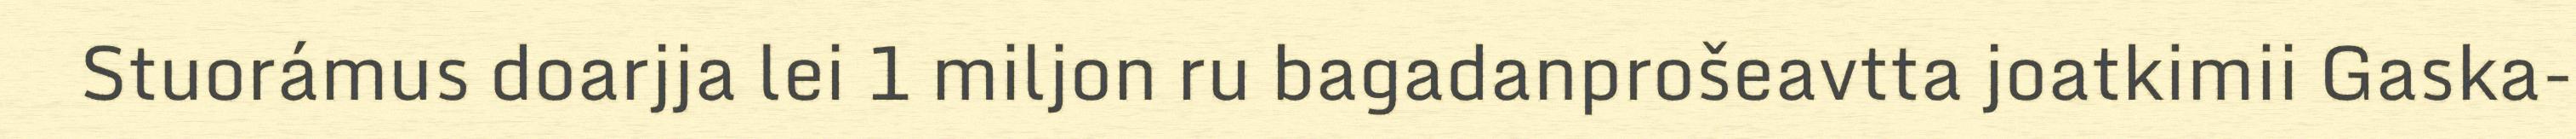
Stuorámus doarjja lei 1 miljon ru bagadanprošeavtta joatkimii Gaska-